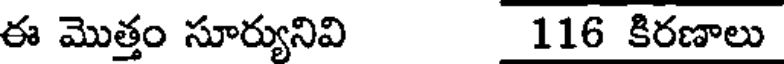
ఈ మొత్తం సూర్యునివి 116 కిరణాలు